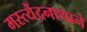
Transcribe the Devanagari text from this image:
मस्त्येंद्रनाथाने